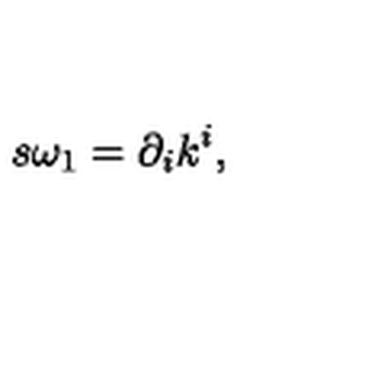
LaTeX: s \omega _ { 1 } = \partial _ { i } k ^ { i } ,